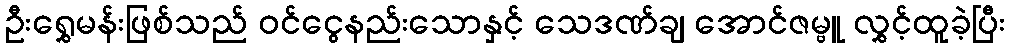
ဦးရွှေမန်းဖြစ်သည် ဝင်ငွေနည်းသောနှင့် သေဒဏ်ချ အောင်ဇမ္ဗူ လွှင့်ထူခဲ့ပြီး